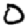
Digit: 0